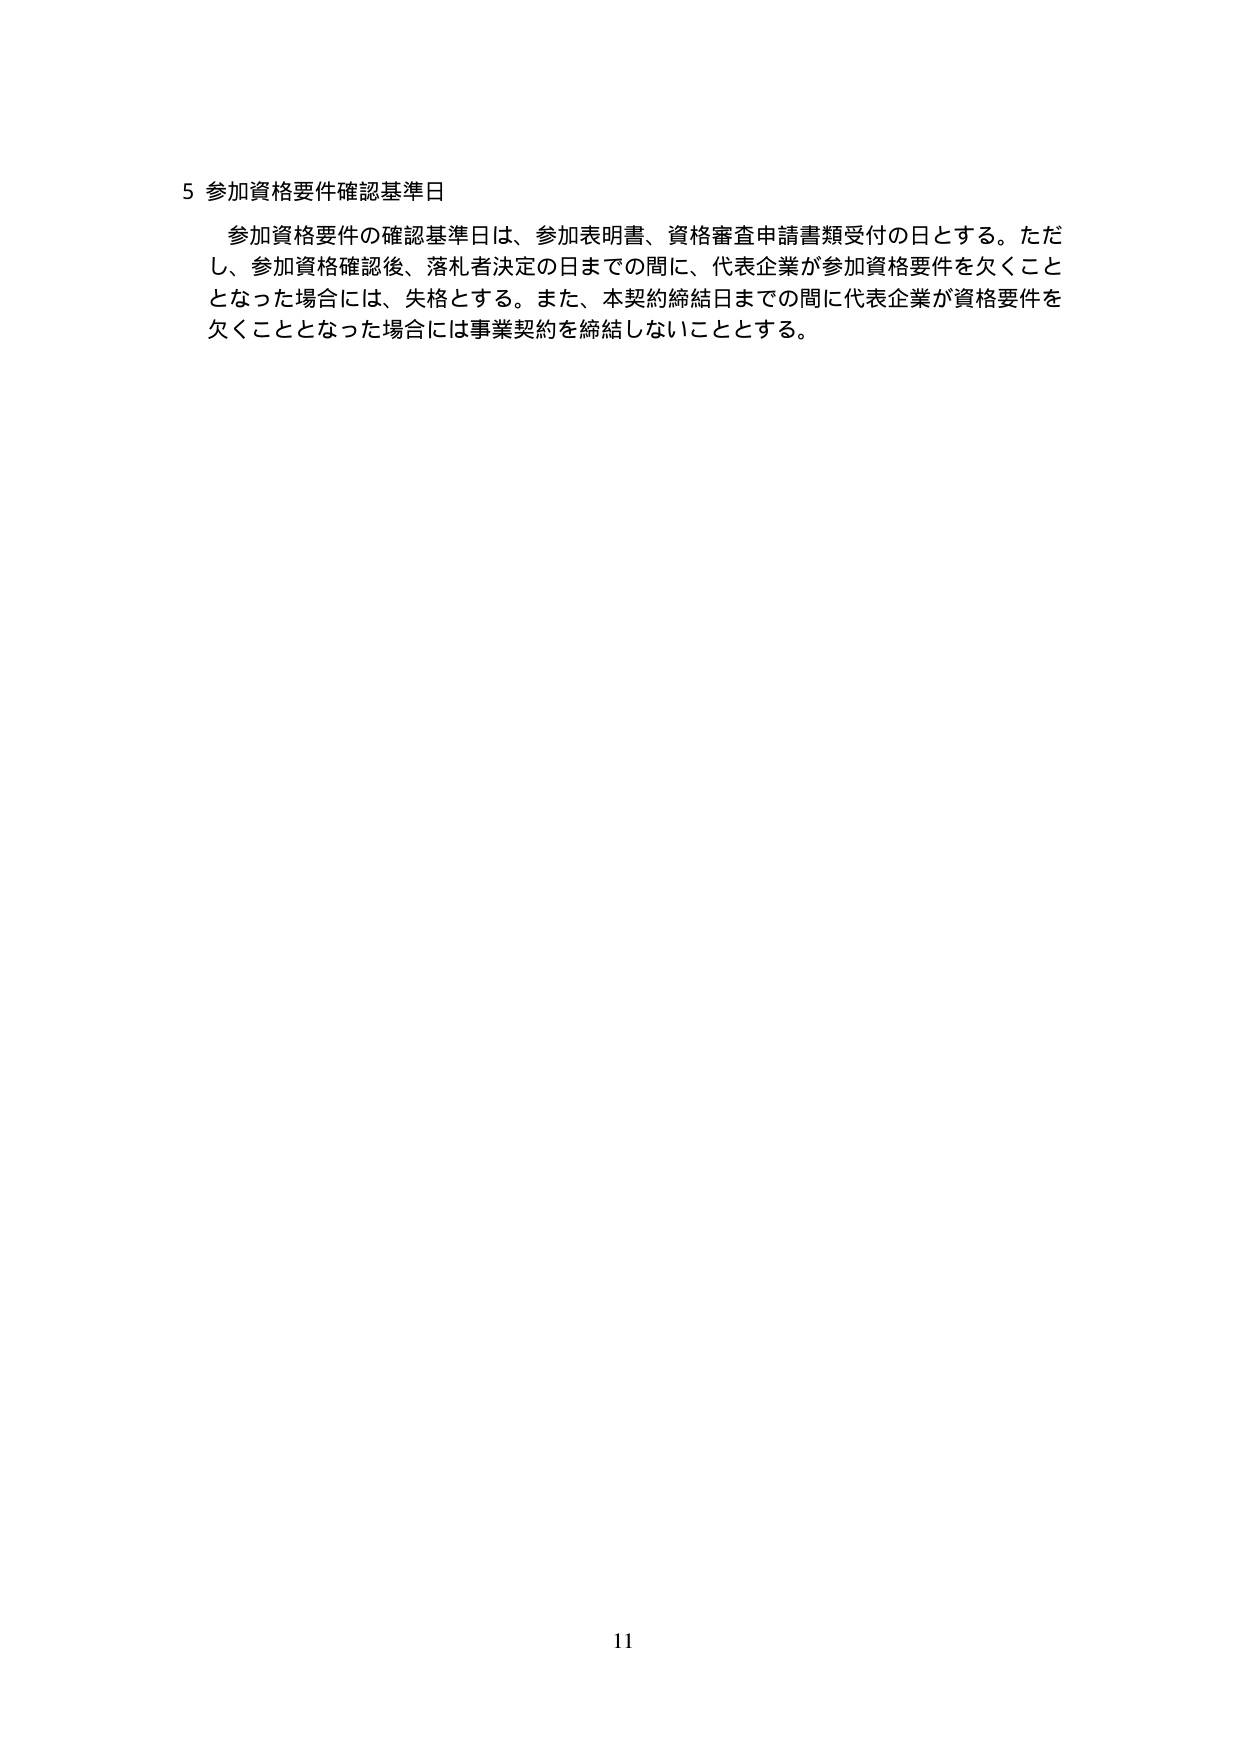
5 参加資格要件確認基準日
参加資格要件の確認基準日は、参加表明書、資格審査申請書類受付の日とする。ただし、参加資格確認後、落札者決定の日までの間に、代表企業が参加資格要件を欠くこととなった場合には、失格とする。また、本契約締結日までの間に代表企業が資格要件を欠くこととなった場合には事業契約を締結しないこととする。
11